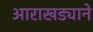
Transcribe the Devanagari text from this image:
आराखड्याने